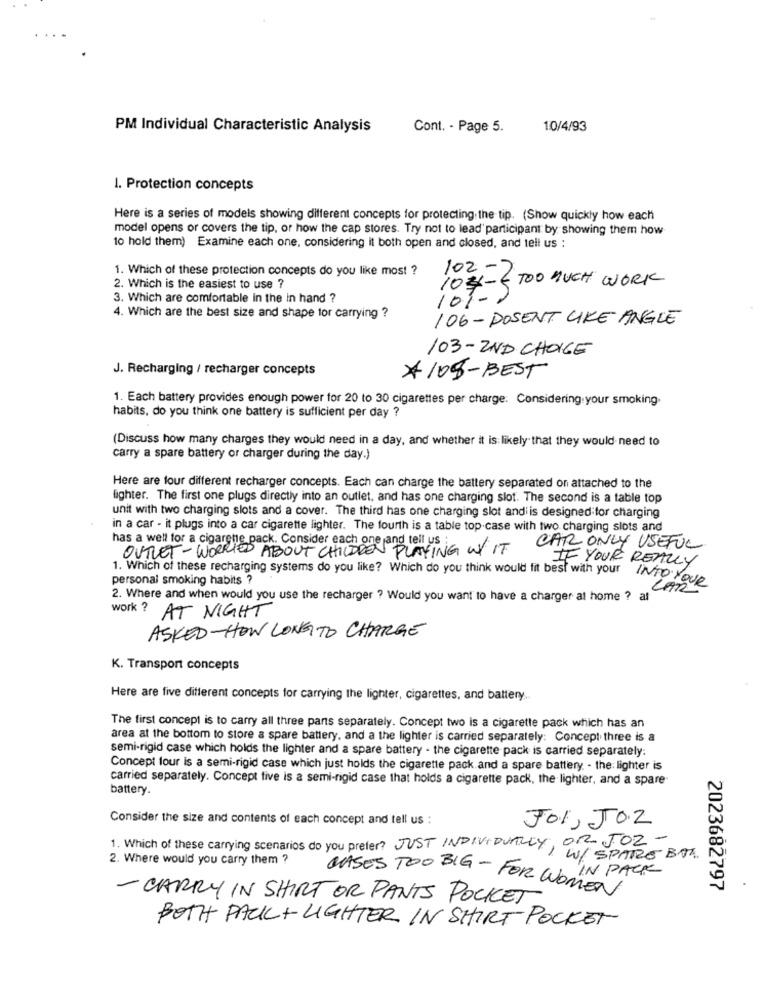
PM Individual Characteristic Analysis
Cont. - Page 5.
10/4/93
1. Protection concepts
Here is a series of models showing different concepts for protecting. the tip. (Show quickly how each
model opens or covers the tip, or how the cap stores. Try not to lead' participant by showing them how
10 hold them) Examine each one, considering it both open and closed, and tell us :
1. Which of these protection concepts do you like most ?
102-2
2. Which is the easiest to use ?
103- TOO MUCH WORK
3. Which are comfortable in the in hand ?
10%.
4. Which are the best size and shape tor carrying ?
106 - POSENT LIKE ANGLE
103 - 2ND CHOICE
J. Recharging / recharger concepts
#108-BEST
1. Each battery provides enough power for 20 to 30 cigarettes per charge. Considering.your smoking.
habits, do you think one battery is sufficient per day ?
(Discuss how many charges they would need in a day, and whether it is likely that they would need to
carry a spare battery or charger during the day.)
Here are four different recharger concepts. Each can charge the battery separated on attached to the
fighter. The first one plugs directly into an outlet, and has one charging slot. The second is a table top
unit with two charging slots and a cover. The third has one charging slot andi is designed for charging
in a car - it plugs into a car cigarette lighter. The fourth is a table top case with two charging slots and
has a well for a cigarette pack. Consider each one and tell us :
OUTLET-WORRIED ABOUT CHILDREN PLAYING W/ IT
CAR ONLY USEFUL
IF YOUR REALLY
personal smoking habits ?
1. Which of these recharging systems do you like? Which do you think would fit best with your INTO Your
LAR
2. Where and when would you use the recharger ? Would you want to have a charger at home ? at
work ? AT NIGHT
ASKED- HOW LONG TO CHARGE
K. Transport concepts
Here are five different concepts for carrying the lighter, cigarettes, and battery ..
The first concept is to carry all three pants separately. Concept two is a cigarette pack which has an
area at the bottom to store a spare battery, and a the lighter is carried separately: Concept three is a
semi-rigid case which holds the lighter and a spare battery - the cigarette pack is carried separately:
Concept four is a semi-rigid case which just holds the cigarette pack and a spare battery - the: lighter is
carried separately. Concept five is a semi-rigid case that holds a cigarette pack, the lighter, and a spare-
battery.
Consider the size and contents of each concept and tell us :
Jo1, Jo2
OR JOZ -
1. Which of these carrying scenarios do you prefer? JUST INDIVIDUALLY, W/ SPARE BOA
2. Where would you carry them ?
IN PACK
CASES TOO BIG - FOR WOMEN
2023682797
- CARRY IN SHIRT OR PANTS POCKET
BOTH PACK +LIGHTER IN SHIRT POCKET